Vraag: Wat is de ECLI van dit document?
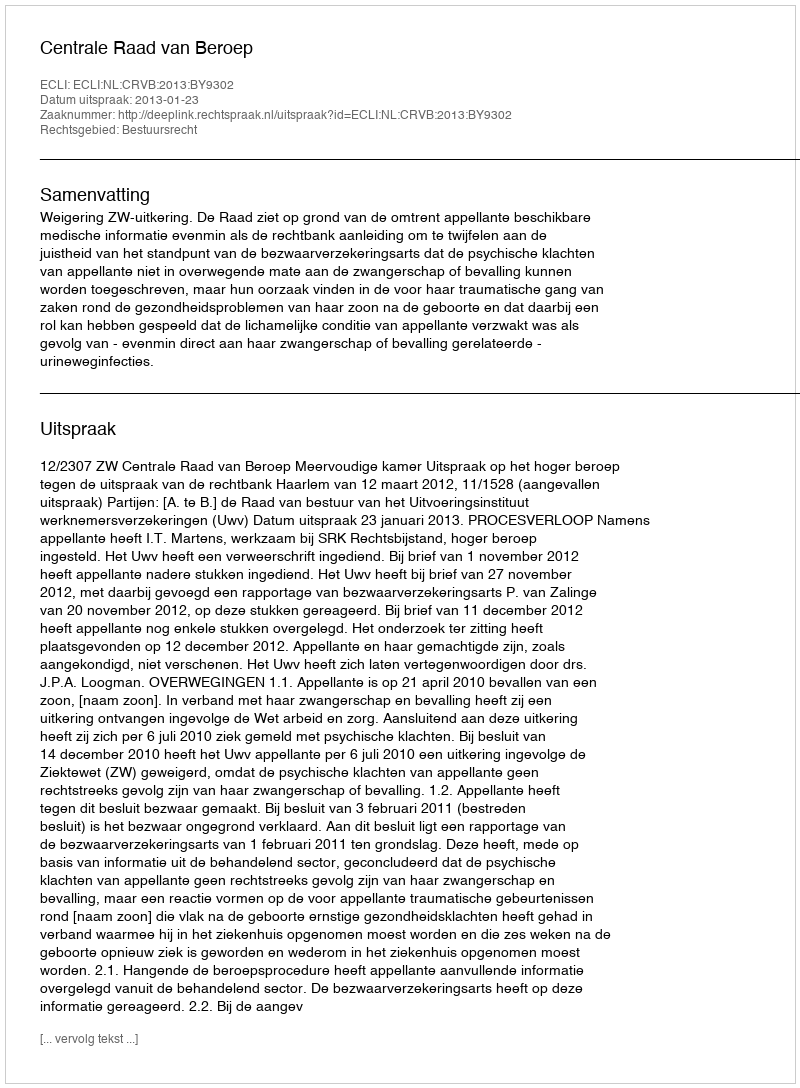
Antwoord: ECLI:NL:CRVB:2013:BY9302